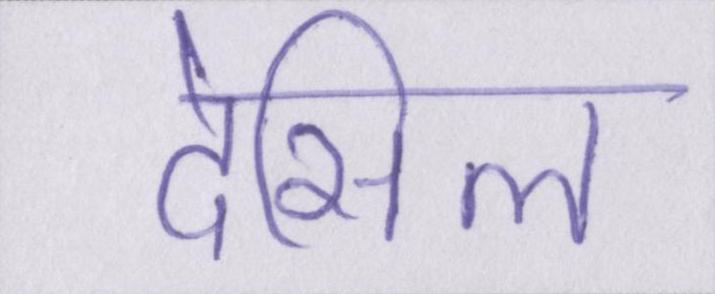
देसिल